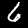
Digit: 6